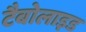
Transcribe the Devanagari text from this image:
टैबोलाइड